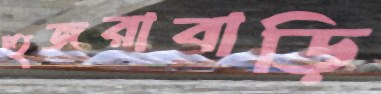
হুজরাবাড়ি